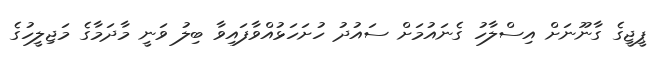
ޕީޖީގެ ގާނޫނަށް އިސްލާހު ގެނައުމަށް ސައުދު ހުށަހަޅުއްވާފައިވާ ބިލު ވަނީ މާދަމާގެ މަޖިލީހުގެ